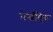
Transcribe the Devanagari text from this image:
मेन्शॅव्हिक